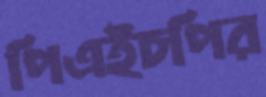
পিএইচপির